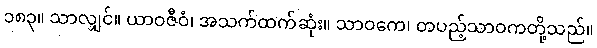
၁၈၃။ သာလျှင်။ ယာဝဇီဝံ၊ အသက်ထက်ဆုံး။ သာဝကေ၊ တပည့်သာဝကတို့သည်။